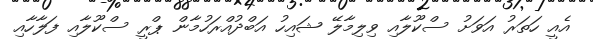
އެއީ ހަތަރު އަވަށު ސްކޫލާއި ވިލިމާލޭ ޝައިހު އަބްދުއްރަހުމާން ޕްރީ ސްކޫލާއި ފަލާހާއި